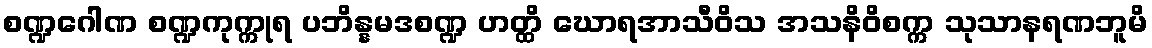
စဏ္ဍဂေါဏ စဏ္ဍကုက္ကုရ ပဘိန္နမဒစဏ္ဍ ဟတ္ထိ ဃောရအာသီဝိသ အသနိဝိစက္က သုသာနရဏဘူမိ